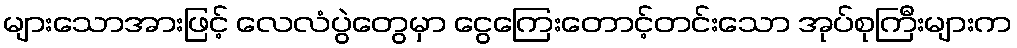
များသောအားဖြင့် လေလံပွဲတွေမှာ ငွေကြေးတောင့်တင်းသော အုပ်စုကြီးများက